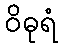
ဝိဓုရံ